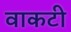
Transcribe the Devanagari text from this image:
वाकटी